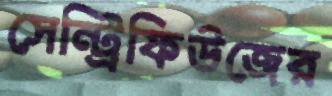
সেন্ট্রিফিউজের